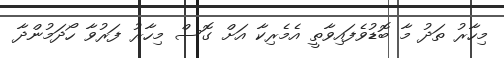
މިހާރު ތަދު މާ ބޮޑުވެފައިވާތީ އެމެރިކާ އަށް ގޮސް މިހާރު ފަރުވާ ހޯދަމުންދާ